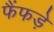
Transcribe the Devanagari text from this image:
फैंफड़े